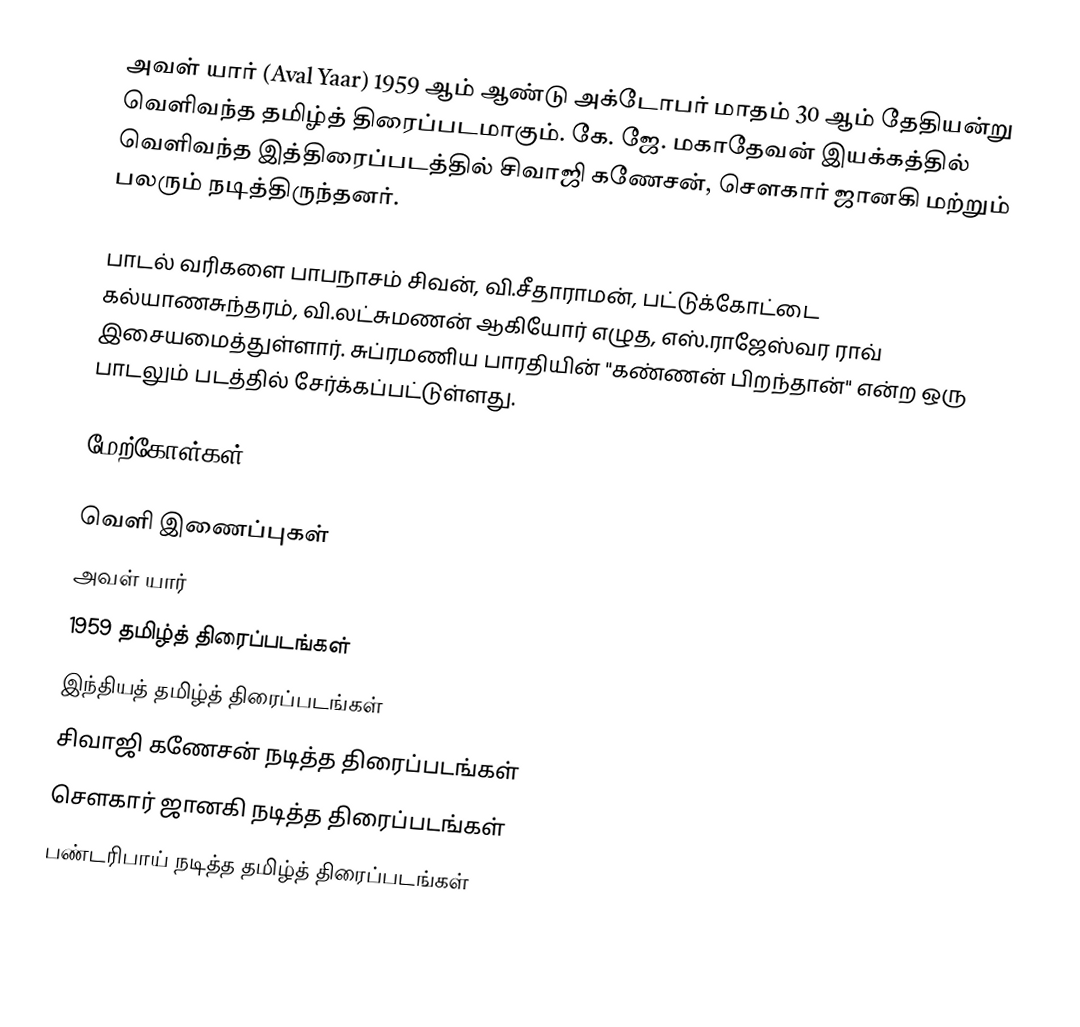
அவள் யார் (Aval Yaar) 1959 ஆம் ஆண்டு அக்டோபர் மாதம் 30 ஆம் தேதியன்று வெளிவந்த தமிழ்த் திரைப்படமாகும். கே. ஜே. மகாதேவன் இயக்கத்தில் வெளிவந்த இத்திரைப்படத்தில் சிவாஜி கணேசன், சௌகார் ஜானகி மற்றும் பலரும் நடித்திருந்தனர்.

பாடல் வரிகளை பாபநாசம் சிவன், வி.சீதாராமன், பட்டுக்கோட்டை கல்யாணசுந்தரம், வி.லட்சுமணன் ஆகியோர் எழுத, எஸ்.ராஜேஸ்வர ராவ் இசையமைத்துள்ளார். சுப்ரமணிய பாரதியின் "கண்ணன் பிறந்தான்" என்ற ஒரு பாடலும் படத்தில் சேர்க்கப்பட்டுள்ளது.

மேற்கோள்கள்

வெளி இணைப்புகள்
 அவள் யார்
1959 தமிழ்த் திரைப்படங்கள்
இந்தியத் தமிழ்த் திரைப்படங்கள்
சிவாஜி கணேசன் நடித்த திரைப்படங்கள்
சௌகார் ஜானகி நடித்த திரைப்படங்கள்
பண்டரிபாய் நடித்த தமிழ்த் திரைப்படங்கள்